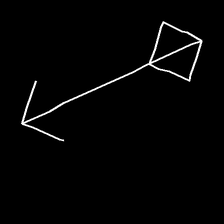
Glyph: focus